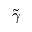
\tilde { \gamma }